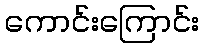
ကောင်းကြောင်း